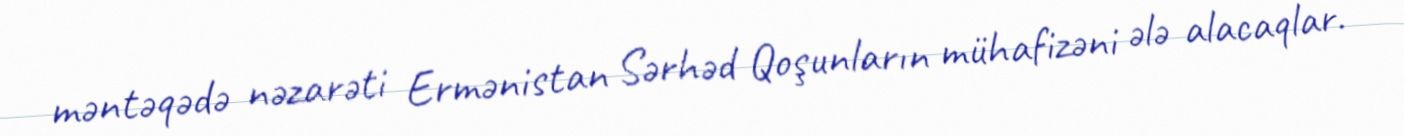
məntəqədə nəzarəti Ermənistan Sərhəd Qoşunların mühafizəni ələ alacaqlar.